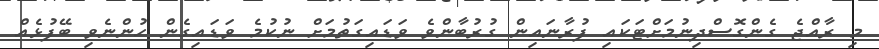
މި ރާއްޖެ ގެންގޮސްދިނުމަށްޓަކައި ފުރާނައިން ގުރުބާންވެ ވަޑައިގަތުމަށް ނުކުމެ ވަޑައިގެން ހުންނެވި ބޭފުޅެއް